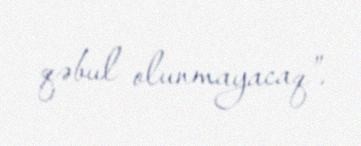
qəbul olunmayacaq”.